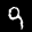
Label: 9